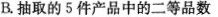
B.抽取的5件产品中的二等品数